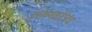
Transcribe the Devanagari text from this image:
उपोष्णकटिबंध